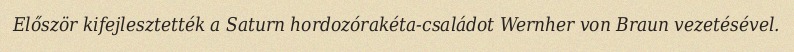
Először kifejlesztették a Saturn hordozórakéta-családot Wernher von Braun vezetésével.